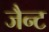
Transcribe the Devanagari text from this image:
जैन्ट